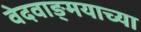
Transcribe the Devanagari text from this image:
वेदवाङ्‌मयाच्या